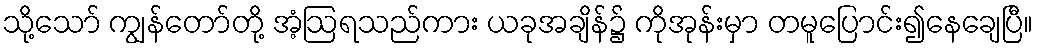
သို့သော် ကျွန်တော်တို့ အံ့ဩရသည်ကား ယခုအချိန်၌ ကိုအုန်းမှာ တမူပြောင်း၍နေချေပြီ။